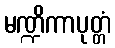
မဏ္ဍိကာပုတ္တံ